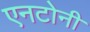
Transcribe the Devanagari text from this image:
एनटोनी